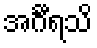
အင်္ဂီရသိ